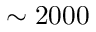
\sim 2 0 0 0